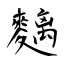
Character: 麶